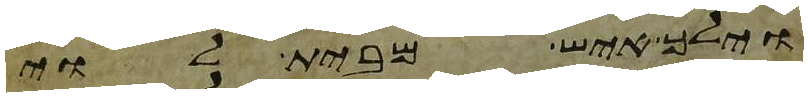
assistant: וילך איש מבית לוי